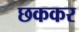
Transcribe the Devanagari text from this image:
छककर